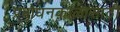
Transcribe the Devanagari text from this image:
प्रबोधनकाळासाठी